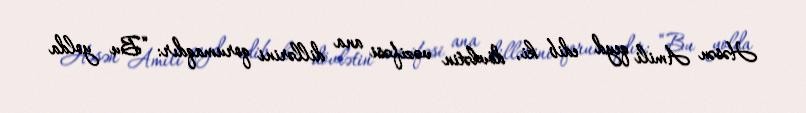
Həsən Amili qeyd edib ki, dövlətin vəzifəsi ana dillərini qorumaqdır: “Bu yolda